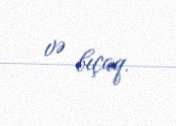
və bıçaq.